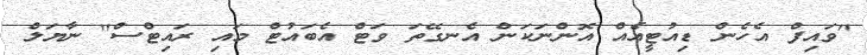
"ވައިފް އެހެން ޑިއުޓީއެއް އޮންނަކަން އެނގޭތަ ވަޓް އެބައުޓް މައި ރައިޓްސް" ނާޔަލް